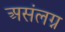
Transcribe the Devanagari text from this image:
असंलग्न